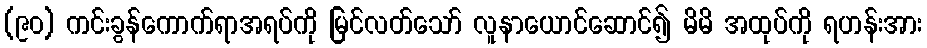
(၉၀) ကင်းခွန်ကောက်ရာအရပ်ကို မြင်လတ်သော် လူနာယောင်ဆောင်၍ မိမိ အထုပ်ကို ရဟန်းအား